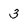
Character: 3